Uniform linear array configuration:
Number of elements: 48
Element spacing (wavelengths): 0.5
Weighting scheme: kaiser
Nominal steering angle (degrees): -15
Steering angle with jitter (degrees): -15.982
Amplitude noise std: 0.05
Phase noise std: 0.05

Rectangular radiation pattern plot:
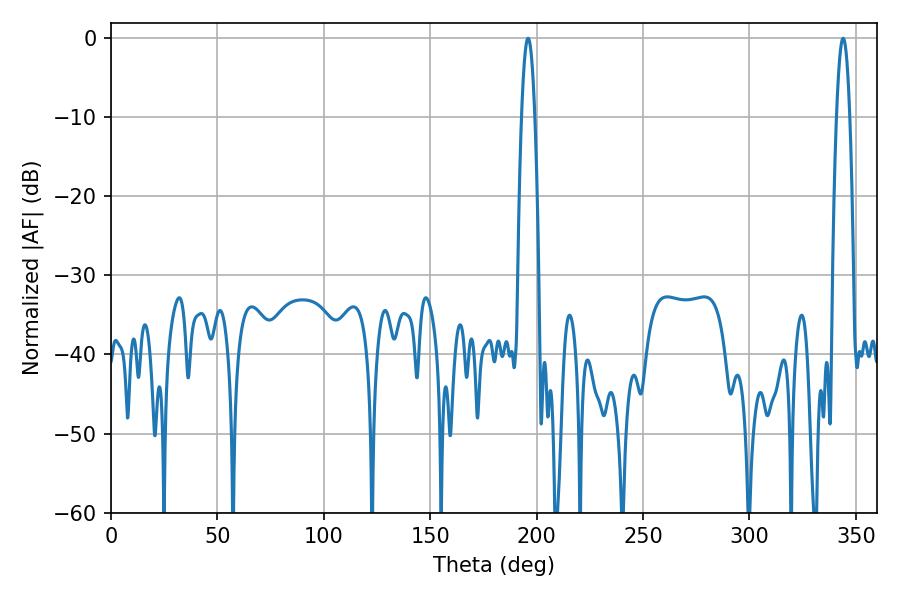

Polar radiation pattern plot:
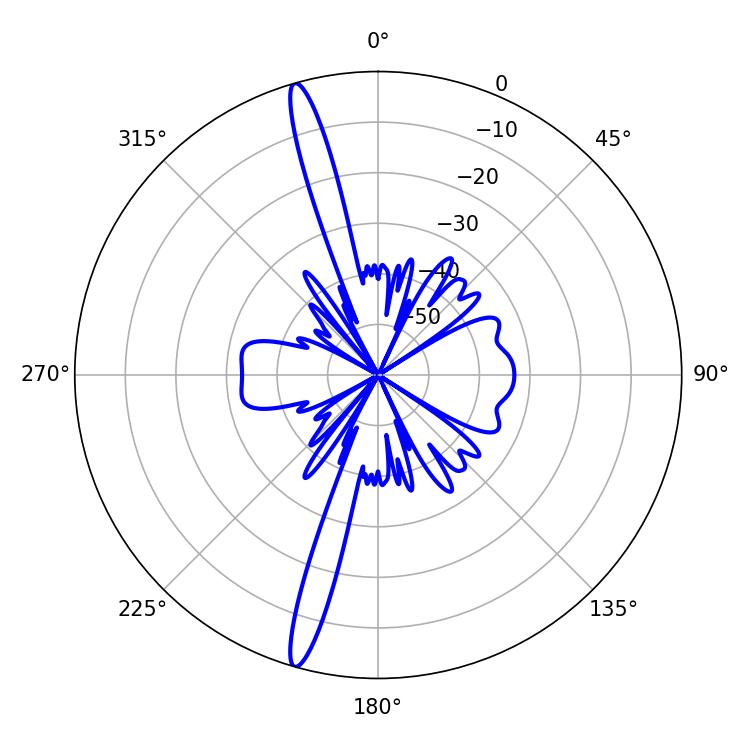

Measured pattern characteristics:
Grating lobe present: FALSE
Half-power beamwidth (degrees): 3.42
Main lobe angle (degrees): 343.98